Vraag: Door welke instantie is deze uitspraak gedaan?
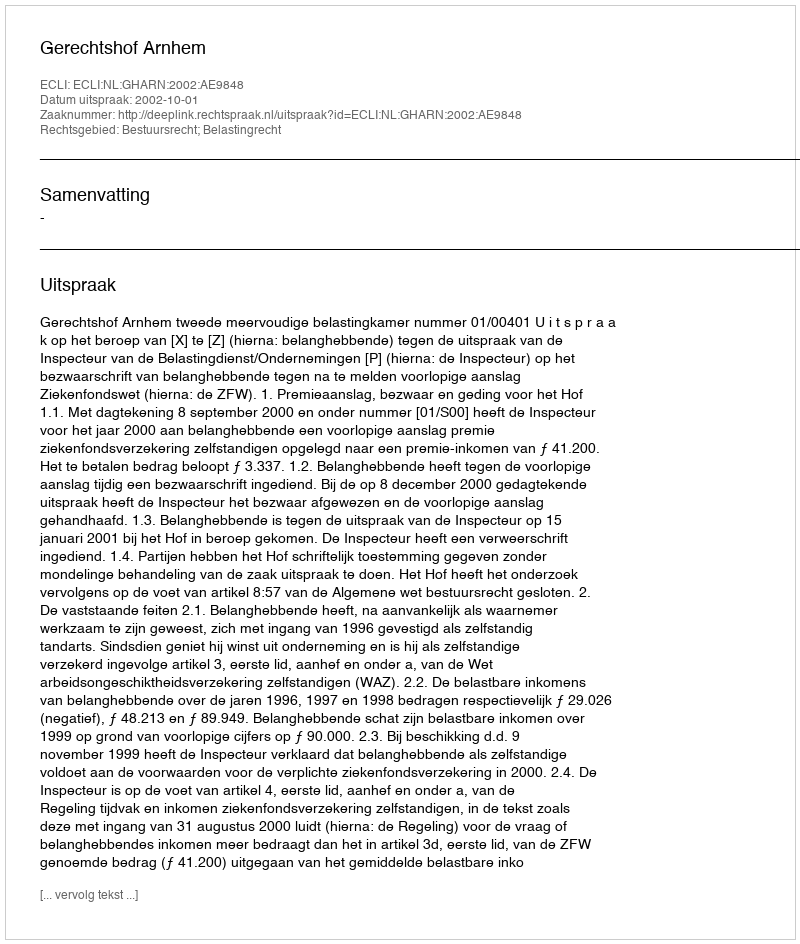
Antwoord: Gerechtshof Arnhem